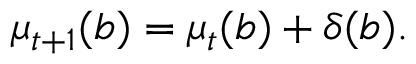
\begin{array} { r } { \mu _ { t + 1 } ( b ) = \mu _ { t } ( b ) + \delta ( b ) . } \end{array}